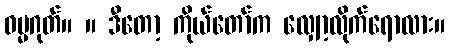
ဓမ္မဂုတ်။ ။ ဒီတော့ ကိုယ်တော်က လျှော့လိုက်ရောလား။